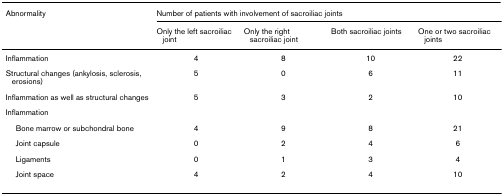
<table><thead><tr><td><b>Abnormality</b></td><td colspan="4"><b>Number of patients with involvement of sacroiliac joints</b></td></tr><tr><td></td><td><b>Only the left sacroiliac joint</b></td><td><b>Only the right sacroiliac joint</b></td><td><b>Both sacroiliac joints</b></td><td><b>One or two sacroiliac joints</b></td></tr></thead><tbody><tr><td>Inflammation</td><td>4</td><td>8</td><td>10</td><td>22</td></tr><tr><td>Structural changes (ankylosis, sclerosis, erosions)</td><td>5</td><td>0</td><td>6</td><td>11</td></tr><tr><td>Inflammation as well as structural changes</td><td>5</td><td>3</td><td>2</td><td>10</td></tr><tr><td>Inflammation</td><td></td><td></td><td></td><td></td></tr><tr><td> Bone marrow or subchondral bone</td><td>4</td><td>9</td><td>8</td><td>21</td></tr><tr><td> Joint capsule</td><td>0</td><td>2</td><td>4</td><td>6</td></tr><tr><td> Ligaments</td><td>0</td><td>1</td><td>3</td><td>4</td></tr><tr><td> Joint space</td><td>4</td><td>2</td><td>4</td><td>10</td></tr></tbody></table>